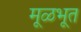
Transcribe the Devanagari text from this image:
मूळभूत